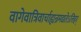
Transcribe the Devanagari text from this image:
वागेवात्रिवार्चाह्यन्नमद्यतेऽत्तिहर्